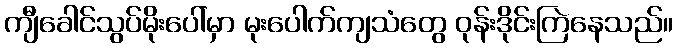
ကျီခေါင်သွပ်မိုးပေါ်မှာ မုးပေါက်ကျသံတွေ ဝုန်းဒိုင်းကြဲနေသည်။